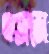
এক্সজে